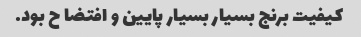
کیفیت برنج بسیار بسیار پایین و افتضا ح بود.